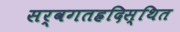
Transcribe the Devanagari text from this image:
सर्वगतह्रदिस्थित